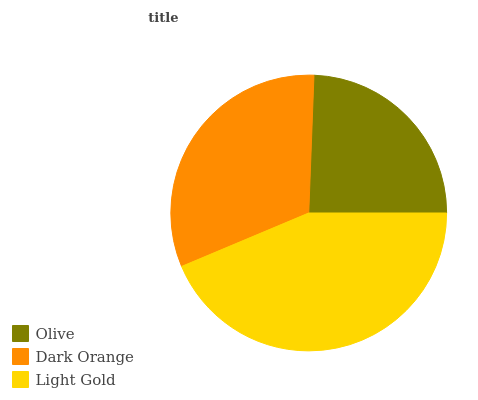
| Olive | Dark Orange | Light Gold |
 | --- | --- | --- |
 | 24.4% | 32% | 43.6% |